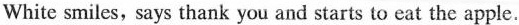
White smiles, says thank you and starts to eat the apple.